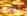
بيدى